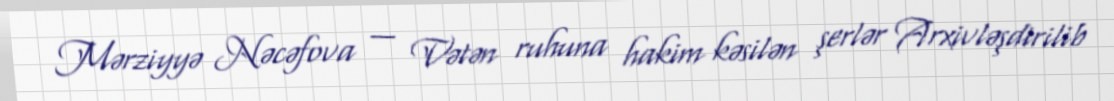
Mərziyyə Nəcəfova — Vətən ruhuna hakim kəsilən şerlər Arxivləşdirilib